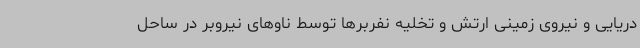
دریایی و نیروی زمینی ارتش و تخلیه نفربرها توسط ناوهای نیروبر در ساحل